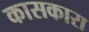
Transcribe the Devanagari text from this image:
कासकारा